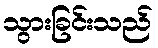
သွားခြင်းသည်